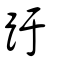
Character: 趶